Indian journal of veterinary science and animal husbandry - Volume 3,
Year: 1933
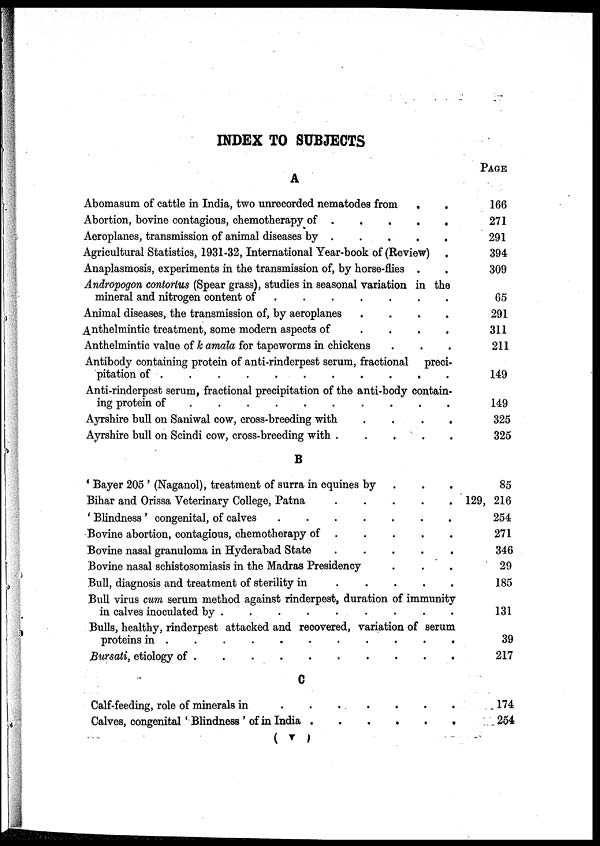
INDEX TO SUBJECTS
A
Abomasum of cattle in India, two unrecorded nematodes from . .
Abortion, bovine contagious, chemotherapy of . . . . . . . .
Aeroplanes, transmission of animal diseases by . . . . . . . .
Agricultural Statistics, 1931-32, International Year-book of (Review) .
Anaplasmosis, experiments in the transmission of, by horse-flies .
Andropogon contortus (Spear grass), studies in seasonal variation in the
mineral and nitrogen content of . . . . . . . .
Animal diseases, the transmission of, by aeroplanes . . . . . . . .
Anthelmintic treatment, some modern aspects of . . . . . . . .
Anthelmintic value of k amala for tapeworms in chickens . . .
Antibody containing protein of anti-rinderpest serum, fractional
preci-
pitation of . . . . . . . .
Anti-rinderpest serum, fractional precipitation of the anti-body contain-
ing protein of . . . . . . . .
Ayrshire bull on Saniwal cow, cross-breeding with . . . . . . . .
Ayrshire bull on Scindi cow, cross-breeding with . . . . . . . .
B
' Bayer 205 ' (Naganol), treatment of surra in equines by . . .
Bihar and Orissa Veterinary College, Patna . . . . . . . .
' Blindness ' congenital, of calves . . . . . . . .
Bovine abortion, contagious, chemotherapy of . . . . . . . .
Bovine nasal granuloma in Hyderabad State . . . . . . . .
Bovine nasal schistosomiasis in the Madras Presidency . . .
Bull, diagnosis and treatment of sterility in . . . . . . . .
Bull virus cum serum method against rinderpest, duration of immunity
in calves inoculated by . . . . . . . .
Bulls, healthy, rinderpest attacked and recovered, variation of serum
proteins in . . . . . . . .
Bursati, etilogy of . . . . . . . .
C
Calf-feeding, role of minerals in . . . . . . . .
Calves, congenital 'Blindness'of in India . . . . . . . .
PAGE
166
271
291
394
309
65
291
311
211
149
149
325
325
85
129, 216
254
271
346
29
185
131
39
217
174
254
(
V
)